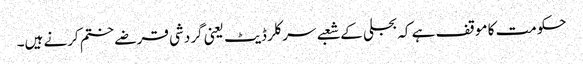
حکومت کا موقف ہے کہ بجلی کے شعبے سرکلر ڈیٹ یعنی گردشی قرضے ختم کرنے ہیں۔